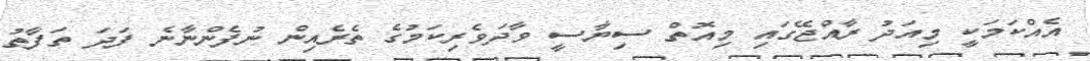
އެއްކަމަކީ މިއަދު ރާއްޖޭގައި މިއޮތް ސިޔާސީ ވާދަވެރިކަމުގެ ތެރެއިން ނުފެންނާނެ ފަދަ ތަފާތު